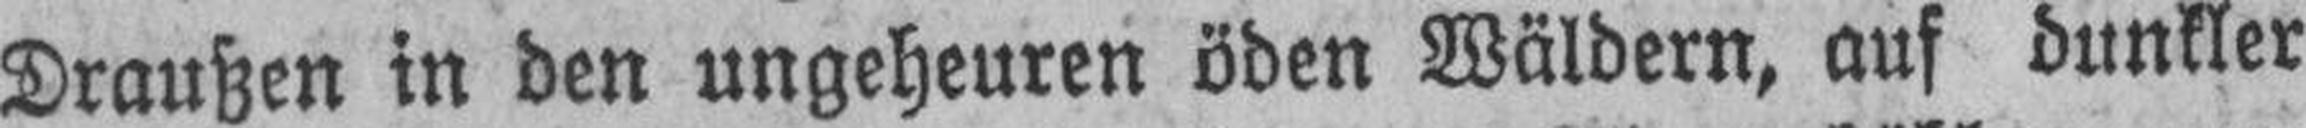
Draußen in den ungeheuren öden Wäldern, auf dunkler